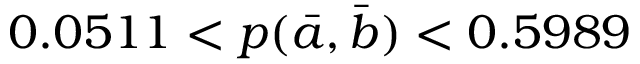
0 . 0 5 1 1 < p ( \bar { a } , \bar { b } ) < 0 . 5 9 8 9